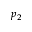
p _ { 2 }